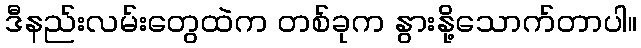
ဒီနည်းလမ်းတွေထဲက တစ်ခုက နွားနို့သောက်တာပါ။